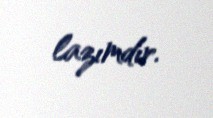
lazımdır.